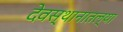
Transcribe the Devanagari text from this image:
देवस्थानातल्या